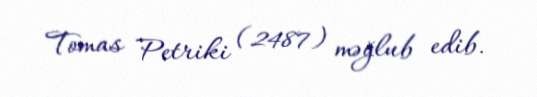
Tomas Petriki (2487) məğlub edib.